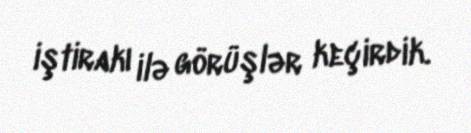
iştirakı ilə görüşlər keçirdik.